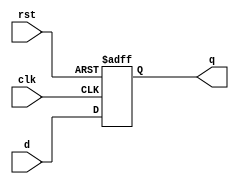
//D flip flop with positive edge trigger.
module D_filpflop_Positive(d,clk,rst,q);
    input d,clk,rst;
    output q;
    reg q;
    always @ (posedge clk,negedge rst)
   
      if (rst==0)
      q=0;
      else 
      q=d;

   
endmodule